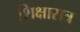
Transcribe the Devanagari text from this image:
शिक्षासत्र